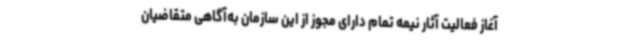
آغاز فعالیت آثار نیمه تمام دارای مجوز از این سازمان به‌آگاهی متقاضیان